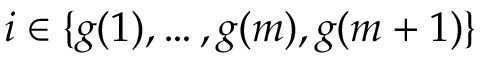
i \in \{ g ( 1 ) , \ldots , g ( m ) , g ( m + 1 ) \}